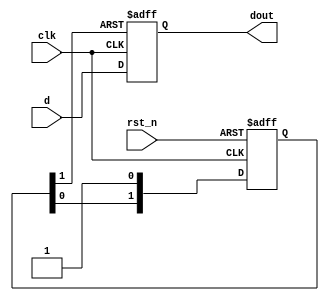
`timescale 1ns/1ns

module ali16(
input clk,
input rst_n,
input d,
output reg dout
 );
reg[1:0] rst;
//*************code***********//
always @(posedge clk or negedge rst_n) begin
    if(!rst_n) begin
        rst <= 2'b00;
    end
    else begin
        rst <= {rst[0], 1'b1};
    end
end

always @(posedge clk or negedge rst[1]) begin
    if(!rst[1]) begin
        dout <= 0;
    end
    else begin
        dout <= d;
    end
end

//*************code***********//
endmodule